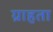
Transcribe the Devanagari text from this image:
ग्राहता